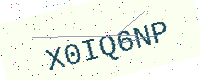
Text: X0IQ6NP